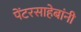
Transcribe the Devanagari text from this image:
पेंटरसाहेबांनी